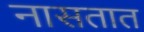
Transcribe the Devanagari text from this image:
नासतात